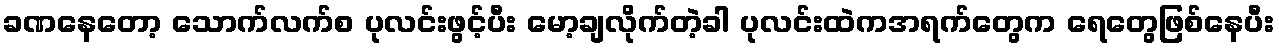
ခဏနေတော့ သောက်လက်စ ပုလင်းဖွင့်ပီး မော့ချလိုက်တဲ့ခါ ပုလင်းထဲကအရက်တွေက ရေတွေဖြစ်နေပီး